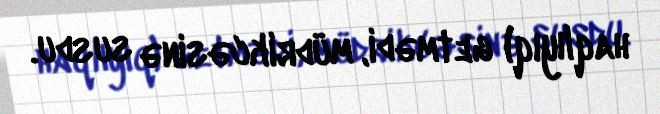
haqlıyıq) getmədi, müdrikcəsinə susdu.